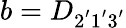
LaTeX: b=D_{2^{'}1^{'}3^{'}}